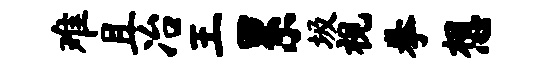
难且冶王累圾视拳想